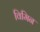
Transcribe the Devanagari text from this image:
विमिन